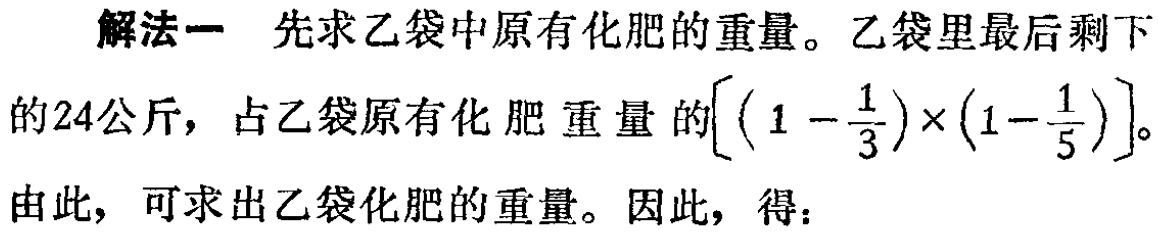
解法一 先求乙袋中原有化肥的重量。乙袋里最后剩下的24公斤，占乙袋原有化肥重量的\(\left[\left(1 - \frac{1}{3}\right)\times\left(1 - \frac{1}{5}\right)\right]\)。由此，可求出乙袋化肥的重量。因此，得：